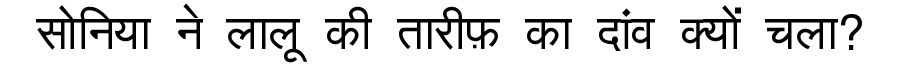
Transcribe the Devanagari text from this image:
सोनिया ने लालू की तारीफ़ का दांव क्यों चला?